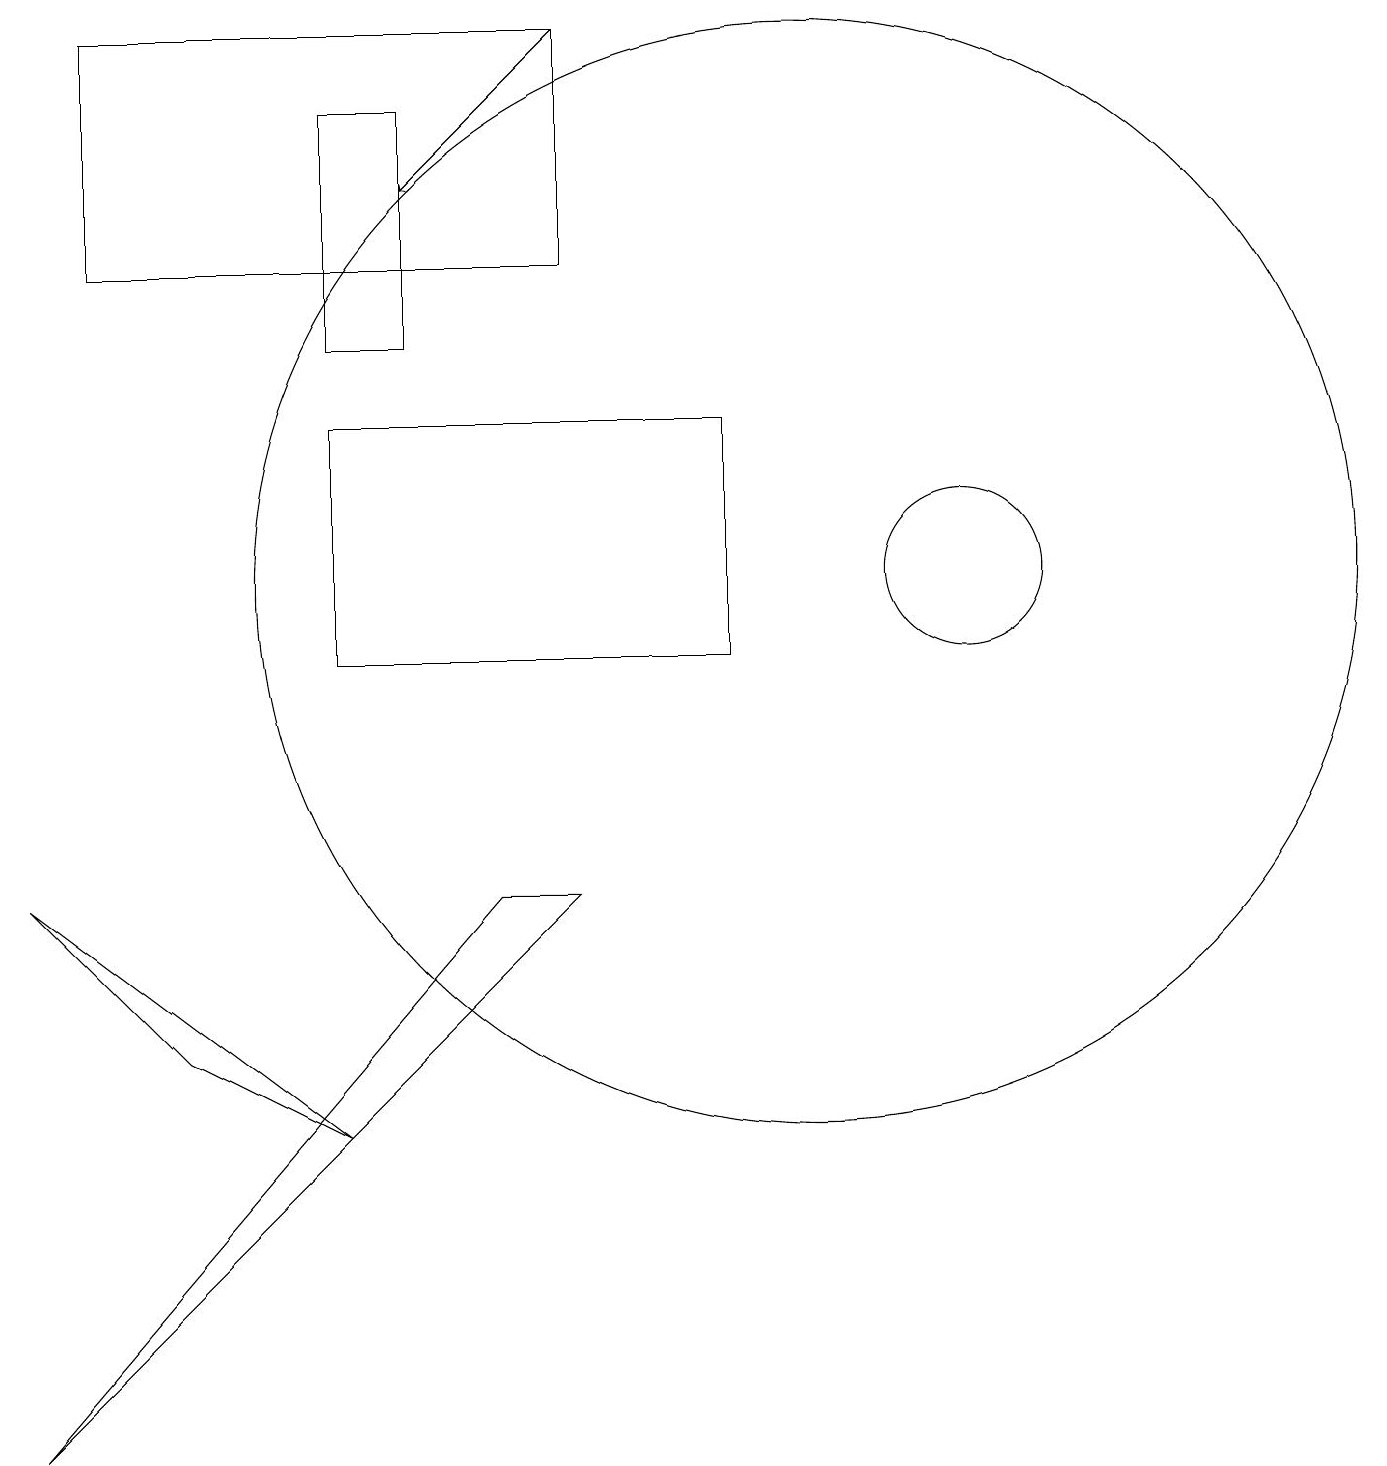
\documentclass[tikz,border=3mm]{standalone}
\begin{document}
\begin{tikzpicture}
\draw (0,1) -- (6,8) -- (7,8) -- cycle;
\draw (5,15) rectangle (4,18);
\draw (0,8) -- (2,6) -- (4,5) -- cycle;
\draw (12,12) circle (1);
\draw (10,12) circle (7);
\draw (7,19) rectangle (1,16);
\draw (9,14) rectangle (4,11);
\draw[->] (7,19) -- (5,17);
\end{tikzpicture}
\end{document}